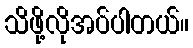
သိဖို့လိုအပ်ပါတယ်။